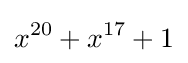
x^{20}+x^{17}+1